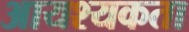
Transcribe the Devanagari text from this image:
आयश्यकता